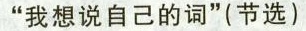
“我想说自己的词”(节选)